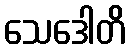
သေဒေါတိ